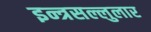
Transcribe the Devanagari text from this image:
इन्त्रसल्लुलार